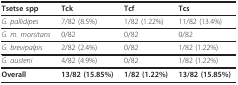
| Tsetse spp | Tck | Tcf | Tcs |
 | --- | --- | --- | --- |
 | G. pallidipes | 7/82 (8.5%) | 1/82 (1.22%) | 11/82 (13.4%) |
 | G. m. morsitans | 0/82 | 0/82 | 0/82 |
 | G. brevipalpis | 2/82 (2.4%) | 0/82 | 1/82 (1.22%) |
 | G. austeni | 4/82 (4.9%) | 0/82 | 1/82 (1.22%) |
 | Overall | 13/82 (15.85%) | 1/82 (1.22%) | 13/82 (15.85%) |